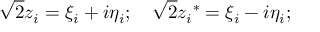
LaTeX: { \sqrt 2 } z _ { i } = \xi _ { i } + i \eta _ { i } ; \quad { \sqrt 2 } { z _ { i } } ^ { * } = \xi _ { i } - i \eta _ { i } ;